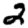
Digit: 2